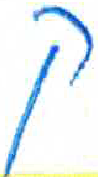
אות: ק